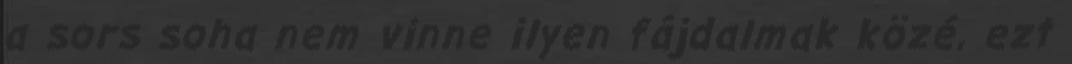
a sors soha nem vinne ilyen fájdalmak közé, ezt